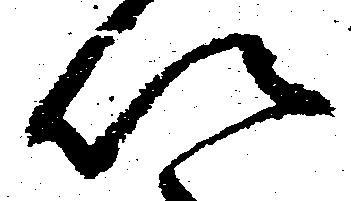
以